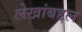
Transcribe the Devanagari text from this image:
लेखांबद्दल